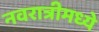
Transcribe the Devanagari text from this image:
नवरात्रीमध्ये